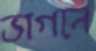
ভাগনে